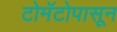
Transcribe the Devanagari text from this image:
टोमॅटोपासून